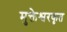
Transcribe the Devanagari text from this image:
मुक्तेश्वरकृत